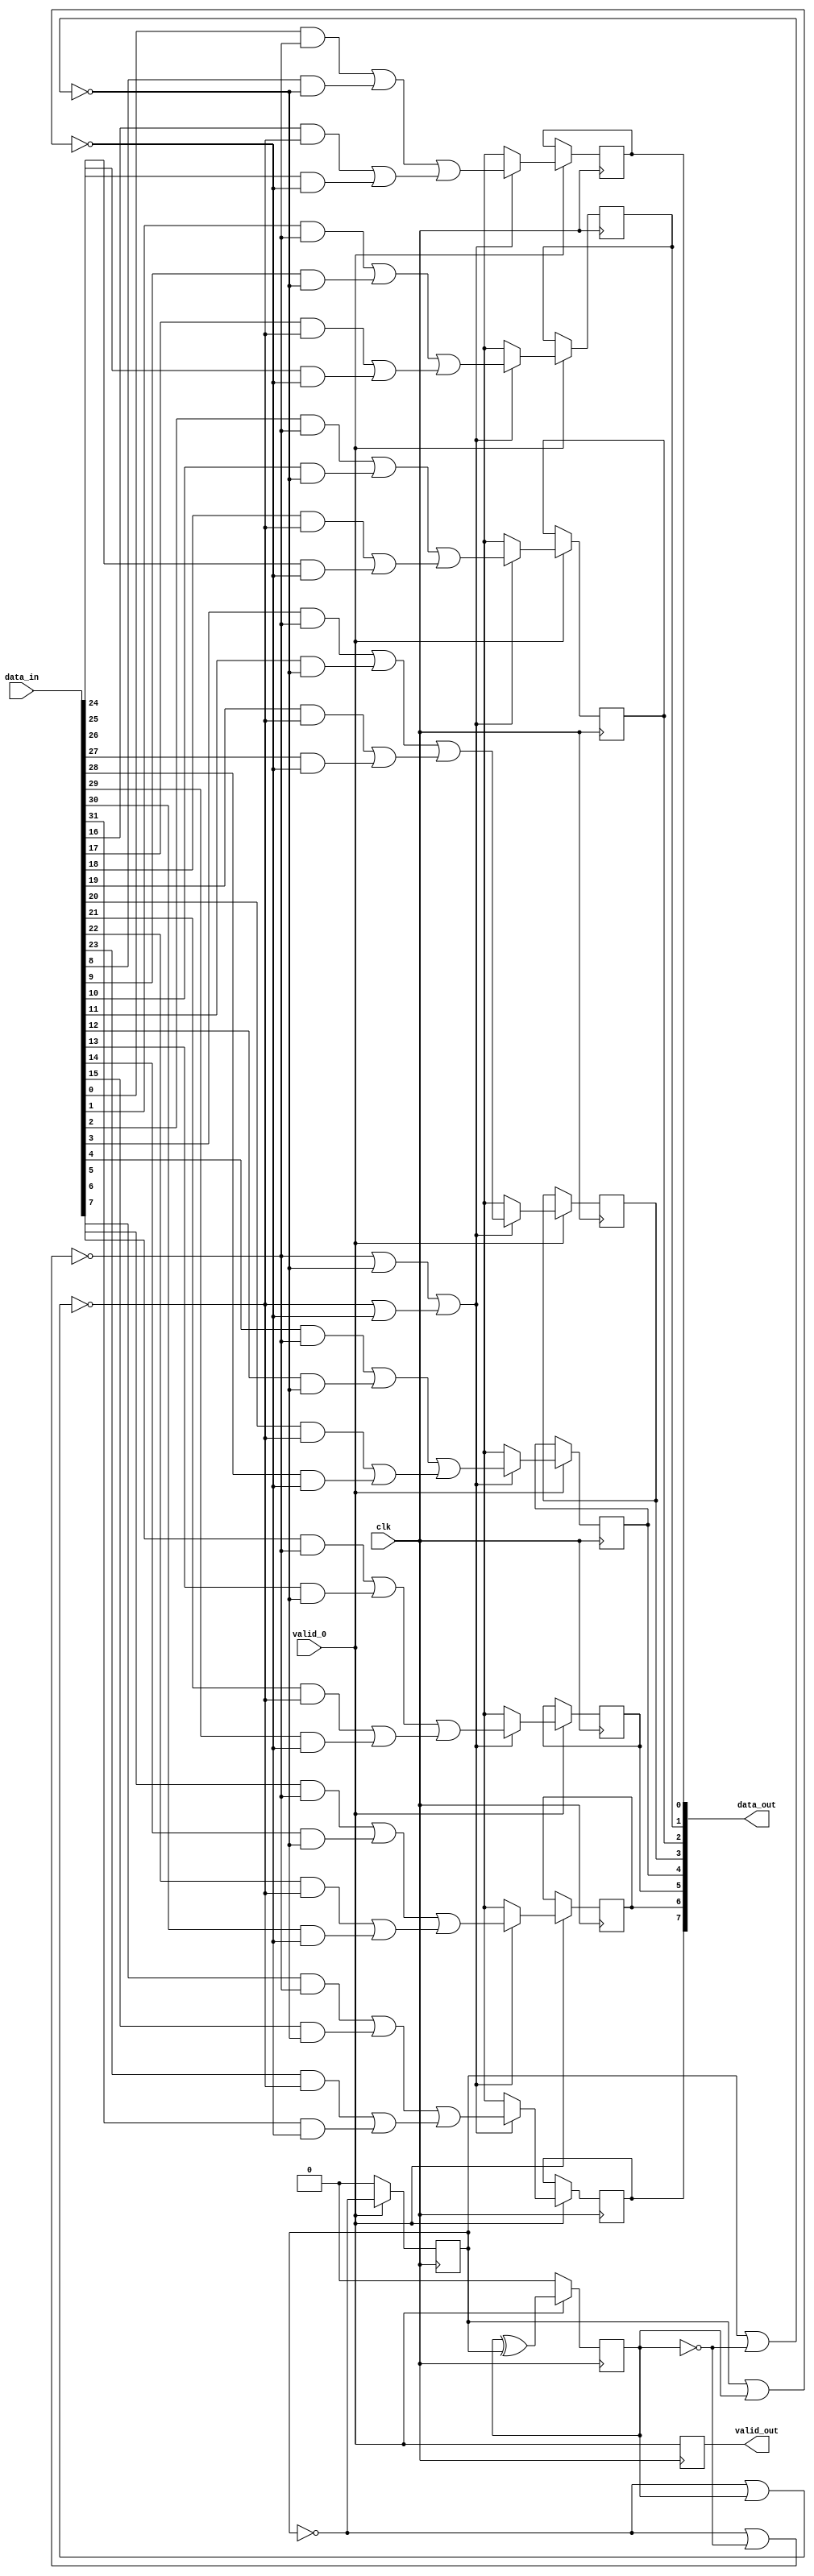
/* Generated by Yosys 0.9 (git sha1 1979e0b) */

(* top =  1  *)
(* src = "yosys_conv_32_8.v:5" *)
module yosys_conv_32_8(clk, valid_0, data_in, data_out, valid_out);
  (* src = "yosys_conv_32_8.v:13" *)
  wire [1:0] _000_;
  (* src = "yosys_conv_32_8.v:13" *)
  wire [7:0] _001_;
  (* src = "yosys_conv_32_8.v:13" *)
  wire [7:0] _002_;
  (* src = "yosys_conv_32_8.v:22" *)
  (* unused_bits = "2" *)
  wire [31:0] _003_;
  wire [1:0] _004_;
  wire [1:0] _005_;
  wire [1:0] _006_;
  wire [1:0] _007_;
  wire [1:0] _008_;
  wire [1:0] _009_;
  wire [1:0] _010_;
  wire [1:0] _011_;
  wire [1:0] _012_;
  wire _013_;
  wire [1:0] _014_;
  wire _015_;
  wire _016_;
  wire _017_;
  wire _018_;
  (* src = "yosys_conv_32_8.v:19|conv_32_8.v:15|<techmap.v>:432" *)
  wire [31:0] _019_;
  (* src = "yosys_conv_32_8.v:19|conv_32_8.v:15|<techmap.v>:428" *)
  wire [7:0] _020_;
  wire _021_;
  wire _022_;
  wire _023_;
  (* src = "yosys_conv_32_8.v:19|conv_32_8.v:15|<techmap.v>:445" *)
  wire _024_;
  (* src = "yosys_conv_32_8.v:5" *)
  input clk;
  (* init = 2'h0 *)
  (* src = "yosys_conv_32_8.v:11" *)
  reg [1:0] contador = 2'h0;
  (* src = "yosys_conv_32_8.v:7" *)
  input [31:0] data_in;
  (* src = "yosys_conv_32_8.v:8" *)
  output [7:0] data_out;
  reg [7:0] data_out;
  (* src = "yosys_conv_32_8.v:6" *)
  input valid_0;
  (* src = "yosys_conv_32_8.v:9" *)
  output valid_out;
  reg valid_out;
  assign _017_ = contador[0] |(* src = "yosys_conv_32_8.v:18|conv_32_8.v:15" *)  _014_[1];
  assign _015_ = _003_[0] |(* src = "yosys_conv_32_8.v:17|conv_32_8.v:15" *)  contador[1];
  assign _004_[0] = _019_[5] |(* src = "yosys_conv_32_8.v:19|conv_32_8.v:15|<techmap.v>:441" *)  _019_[13];
  assign _004_[1] = _019_[21] |(* src = "yosys_conv_32_8.v:19|conv_32_8.v:15|<techmap.v>:441" *)  _019_[29];
  assign _020_[5] = _004_[0] |(* src = "yosys_conv_32_8.v:19|conv_32_8.v:15|<techmap.v>:441" *)  _004_[1];
  assign _005_[0] = _019_[7] |(* src = "yosys_conv_32_8.v:19|conv_32_8.v:15|<techmap.v>:441" *)  _019_[15];
  assign _005_[1] = _019_[23] |(* src = "yosys_conv_32_8.v:19|conv_32_8.v:15|<techmap.v>:441" *)  _019_[31];
  assign _020_[7] = _005_[0] |(* src = "yosys_conv_32_8.v:19|conv_32_8.v:15|<techmap.v>:441" *)  _005_[1];
  assign _006_[0] = _019_[6] |(* src = "yosys_conv_32_8.v:19|conv_32_8.v:15|<techmap.v>:441" *)  _019_[14];
  assign _006_[1] = _019_[22] |(* src = "yosys_conv_32_8.v:19|conv_32_8.v:15|<techmap.v>:441" *)  _019_[30];
  assign _020_[6] = _006_[0] |(* src = "yosys_conv_32_8.v:19|conv_32_8.v:15|<techmap.v>:441" *)  _006_[1];
  assign _007_[0] = _019_[4] |(* src = "yosys_conv_32_8.v:19|conv_32_8.v:15|<techmap.v>:441" *)  _019_[12];
  assign _007_[1] = _019_[20] |(* src = "yosys_conv_32_8.v:19|conv_32_8.v:15|<techmap.v>:441" *)  _019_[28];
  assign _020_[4] = _007_[0] |(* src = "yosys_conv_32_8.v:19|conv_32_8.v:15|<techmap.v>:441" *)  _007_[1];
  assign _008_[0] = _019_[3] |(* src = "yosys_conv_32_8.v:19|conv_32_8.v:15|<techmap.v>:441" *)  _019_[11];
  assign _008_[1] = _019_[19] |(* src = "yosys_conv_32_8.v:19|conv_32_8.v:15|<techmap.v>:441" *)  _019_[27];
  assign _020_[3] = _008_[0] |(* src = "yosys_conv_32_8.v:19|conv_32_8.v:15|<techmap.v>:441" *)  _008_[1];
  assign _009_[0] = _019_[2] |(* src = "yosys_conv_32_8.v:19|conv_32_8.v:15|<techmap.v>:441" *)  _019_[10];
  assign _009_[1] = _019_[18] |(* src = "yosys_conv_32_8.v:19|conv_32_8.v:15|<techmap.v>:441" *)  _019_[26];
  assign _020_[2] = _009_[0] |(* src = "yosys_conv_32_8.v:19|conv_32_8.v:15|<techmap.v>:441" *)  _009_[1];
  assign _010_[0] = _019_[1] |(* src = "yosys_conv_32_8.v:19|conv_32_8.v:15|<techmap.v>:441" *)  _019_[9];
  assign _010_[1] = _019_[17] |(* src = "yosys_conv_32_8.v:19|conv_32_8.v:15|<techmap.v>:441" *)  _019_[25];
  assign _020_[1] = _010_[0] |(* src = "yosys_conv_32_8.v:19|conv_32_8.v:15|<techmap.v>:441" *)  _010_[1];
  assign _011_[0] = _019_[0] |(* src = "yosys_conv_32_8.v:19|conv_32_8.v:15|<techmap.v>:441" *)  _019_[8];
  assign _011_[1] = _019_[16] |(* src = "yosys_conv_32_8.v:19|conv_32_8.v:15|<techmap.v>:441" *)  _019_[24];
  assign _020_[0] = _011_[0] |(* src = "yosys_conv_32_8.v:19|conv_32_8.v:15|<techmap.v>:441" *)  _011_[1];
  assign _012_[0] = _021_ |(* src = "yosys_conv_32_8.v:19|conv_32_8.v:15|<techmap.v>:445" *)  _022_;
  assign _012_[1] = _023_ |(* src = "yosys_conv_32_8.v:19|conv_32_8.v:15|<techmap.v>:445" *)  _018_;
  assign _024_ = _012_[0] |(* src = "yosys_conv_32_8.v:19|conv_32_8.v:15|<techmap.v>:445" *)  _012_[1];
  assign _016_ = _003_[0] |(* src = "yosys_conv_32_8.v:19|conv_32_8.v:15" *)  _014_[1];
  assign _013_ = contador[0] |(* src = "yosys_conv_32_8.v:16|conv_32_8.v:15" *)  contador[1];
  assign _022_ = ~(* src = "yosys_conv_32_8.v:18|conv_32_8.v:15" *) _017_;
  assign _023_ = ~(* src = "yosys_conv_32_8.v:17|conv_32_8.v:15" *) _015_;
  assign _018_ = ~(* src = "yosys_conv_32_8.v:16|conv_32_8.v:15" *) _013_;
  assign _021_ = ~(* src = "yosys_conv_32_8.v:19|conv_32_8.v:15" *) _016_;
  assign _000_[0] = valid_0 ? (* src = "yosys_conv_32_8.v:14" *) _003_[0] : 1'h0;
  assign _000_[1] = valid_0 ? (* src = "yosys_conv_32_8.v:14" *) _003_[1] : 1'h0;
  assign _001_[0] = valid_0 ? (* src = "yosys_conv_32_8.v:14" *) _002_[0] : data_out[0];
  assign _001_[1] = valid_0 ? (* src = "yosys_conv_32_8.v:14" *) _002_[1] : data_out[1];
  assign _001_[2] = valid_0 ? (* src = "yosys_conv_32_8.v:14" *) _002_[2] : data_out[2];
  assign _001_[3] = valid_0 ? (* src = "yosys_conv_32_8.v:14" *) _002_[3] : data_out[3];
  assign _001_[4] = valid_0 ? (* src = "yosys_conv_32_8.v:14" *) _002_[4] : data_out[4];
  assign _001_[5] = valid_0 ? (* src = "yosys_conv_32_8.v:14" *) _002_[5] : data_out[5];
  assign _001_[6] = valid_0 ? (* src = "yosys_conv_32_8.v:14" *) _002_[6] : data_out[6];
  assign _001_[7] = valid_0 ? (* src = "yosys_conv_32_8.v:14" *) _002_[7] : data_out[7];
  assign _002_[0] = _024_ ? (* src = "yosys_conv_32_8.v:19|conv_32_8.v:15|<techmap.v>:445" *) _020_[0] : 1'hx;
  assign _002_[1] = _024_ ? (* src = "yosys_conv_32_8.v:19|conv_32_8.v:15|<techmap.v>:445" *) _020_[1] : 1'hx;
  assign _002_[2] = _024_ ? (* src = "yosys_conv_32_8.v:19|conv_32_8.v:15|<techmap.v>:445" *) _020_[2] : 1'hx;
  assign _002_[3] = _024_ ? (* src = "yosys_conv_32_8.v:19|conv_32_8.v:15|<techmap.v>:445" *) _020_[3] : 1'hx;
  assign _002_[4] = _024_ ? (* src = "yosys_conv_32_8.v:19|conv_32_8.v:15|<techmap.v>:445" *) _020_[4] : 1'hx;
  assign _002_[5] = _024_ ? (* src = "yosys_conv_32_8.v:19|conv_32_8.v:15|<techmap.v>:445" *) _020_[5] : 1'hx;
  assign _002_[6] = _024_ ? (* src = "yosys_conv_32_8.v:19|conv_32_8.v:15|<techmap.v>:445" *) _020_[6] : 1'hx;
  assign _002_[7] = _024_ ? (* src = "yosys_conv_32_8.v:19|conv_32_8.v:15|<techmap.v>:445" *) _020_[7] : 1'hx;
  (* src = "yosys_conv_32_8.v:13" *)
  always @(posedge clk)
      valid_out <= valid_0;
  (* src = "yosys_conv_32_8.v:13" *)
  always @(posedge clk)
      contador[0] <= _000_[0];
  (* src = "yosys_conv_32_8.v:13" *)
  always @(posedge clk)
      contador[1] <= _000_[1];
  (* src = "yosys_conv_32_8.v:13" *)
  always @(posedge clk)
      data_out[0] <= _001_[0];
  (* src = "yosys_conv_32_8.v:13" *)
  always @(posedge clk)
      data_out[1] <= _001_[1];
  (* src = "yosys_conv_32_8.v:13" *)
  always @(posedge clk)
      data_out[2] <= _001_[2];
  (* src = "yosys_conv_32_8.v:13" *)
  always @(posedge clk)
      data_out[3] <= _001_[3];
  (* src = "yosys_conv_32_8.v:13" *)
  always @(posedge clk)
      data_out[4] <= _001_[4];
  (* src = "yosys_conv_32_8.v:13" *)
  always @(posedge clk)
      data_out[5] <= _001_[5];
  (* src = "yosys_conv_32_8.v:13" *)
  always @(posedge clk)
      data_out[6] <= _001_[6];
  (* src = "yosys_conv_32_8.v:13" *)
  always @(posedge clk)
      data_out[7] <= _001_[7];
  assign _019_[24] = data_in[24] &(* src = "yosys_conv_32_8.v:19|conv_32_8.v:15|<techmap.v>:434" *)  _018_;
  assign _019_[25] = data_in[25] &(* src = "yosys_conv_32_8.v:19|conv_32_8.v:15|<techmap.v>:434" *)  _018_;
  assign _019_[26] = data_in[26] &(* src = "yosys_conv_32_8.v:19|conv_32_8.v:15|<techmap.v>:434" *)  _018_;
  assign _019_[27] = data_in[27] &(* src = "yosys_conv_32_8.v:19|conv_32_8.v:15|<techmap.v>:434" *)  _018_;
  assign _019_[28] = data_in[28] &(* src = "yosys_conv_32_8.v:19|conv_32_8.v:15|<techmap.v>:434" *)  _018_;
  assign _019_[29] = data_in[29] &(* src = "yosys_conv_32_8.v:19|conv_32_8.v:15|<techmap.v>:434" *)  _018_;
  assign _019_[30] = data_in[30] &(* src = "yosys_conv_32_8.v:19|conv_32_8.v:15|<techmap.v>:434" *)  _018_;
  assign _019_[31] = data_in[31] &(* src = "yosys_conv_32_8.v:19|conv_32_8.v:15|<techmap.v>:434" *)  _018_;
  assign _019_[16] = data_in[16] &(* src = "yosys_conv_32_8.v:19|conv_32_8.v:15|<techmap.v>:434" *)  _023_;
  assign _019_[17] = data_in[17] &(* src = "yosys_conv_32_8.v:19|conv_32_8.v:15|<techmap.v>:434" *)  _023_;
  assign _019_[18] = data_in[18] &(* src = "yosys_conv_32_8.v:19|conv_32_8.v:15|<techmap.v>:434" *)  _023_;
  assign _019_[19] = data_in[19] &(* src = "yosys_conv_32_8.v:19|conv_32_8.v:15|<techmap.v>:434" *)  _023_;
  assign _019_[20] = data_in[20] &(* src = "yosys_conv_32_8.v:19|conv_32_8.v:15|<techmap.v>:434" *)  _023_;
  assign _019_[21] = data_in[21] &(* src = "yosys_conv_32_8.v:19|conv_32_8.v:15|<techmap.v>:434" *)  _023_;
  assign _019_[22] = data_in[22] &(* src = "yosys_conv_32_8.v:19|conv_32_8.v:15|<techmap.v>:434" *)  _023_;
  assign _019_[23] = data_in[23] &(* src = "yosys_conv_32_8.v:19|conv_32_8.v:15|<techmap.v>:434" *)  _023_;
  assign _019_[8] = data_in[8] &(* src = "yosys_conv_32_8.v:19|conv_32_8.v:15|<techmap.v>:434" *)  _022_;
  assign _019_[9] = data_in[9] &(* src = "yosys_conv_32_8.v:19|conv_32_8.v:15|<techmap.v>:434" *)  _022_;
  assign _019_[10] = data_in[10] &(* src = "yosys_conv_32_8.v:19|conv_32_8.v:15|<techmap.v>:434" *)  _022_;
  assign _019_[11] = data_in[11] &(* src = "yosys_conv_32_8.v:19|conv_32_8.v:15|<techmap.v>:434" *)  _022_;
  assign _019_[12] = data_in[12] &(* src = "yosys_conv_32_8.v:19|conv_32_8.v:15|<techmap.v>:434" *)  _022_;
  assign _019_[13] = data_in[13] &(* src = "yosys_conv_32_8.v:19|conv_32_8.v:15|<techmap.v>:434" *)  _022_;
  assign _019_[14] = data_in[14] &(* src = "yosys_conv_32_8.v:19|conv_32_8.v:15|<techmap.v>:434" *)  _022_;
  assign _019_[15] = data_in[15] &(* src = "yosys_conv_32_8.v:19|conv_32_8.v:15|<techmap.v>:434" *)  _022_;
  assign _019_[0] = data_in[0] &(* src = "yosys_conv_32_8.v:19|conv_32_8.v:15|<techmap.v>:434" *)  _021_;
  assign _019_[1] = data_in[1] &(* src = "yosys_conv_32_8.v:19|conv_32_8.v:15|<techmap.v>:434" *)  _021_;
  assign _019_[2] = data_in[2] &(* src = "yosys_conv_32_8.v:19|conv_32_8.v:15|<techmap.v>:434" *)  _021_;
  assign _019_[3] = data_in[3] &(* src = "yosys_conv_32_8.v:19|conv_32_8.v:15|<techmap.v>:434" *)  _021_;
  assign _019_[4] = data_in[4] &(* src = "yosys_conv_32_8.v:19|conv_32_8.v:15|<techmap.v>:434" *)  _021_;
  assign _019_[5] = data_in[5] &(* src = "yosys_conv_32_8.v:19|conv_32_8.v:15|<techmap.v>:434" *)  _021_;
  assign _019_[6] = data_in[6] &(* src = "yosys_conv_32_8.v:19|conv_32_8.v:15|<techmap.v>:434" *)  _021_;
  assign _019_[7] = data_in[7] &(* src = "yosys_conv_32_8.v:19|conv_32_8.v:15|<techmap.v>:434" *)  _021_;
  assign _003_[1] = contador[1] ^(* src = "yosys_conv_32_8.v:22|<techmap.v>:263" *)  contador[0];
  assign _003_[0] = contador[0] ^(* src = "yosys_conv_32_8.v:22|<techmap.v>:262" *)  1'h1;
  assign _014_[1] = contador[1] ^(* src = "yosys_conv_32_8.v:18|conv_32_8.v:15" *)  1'h1;
  assign _003_[31:3] = 29'h00000000;
  assign _014_[0] = _003_[0];
endmodule